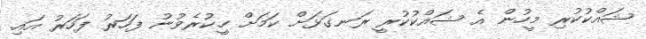
ޝައްކުކުރި މީހުން އެ ޝައްކުކުރީ ރަނގަޅަށް ކަމަށް ހީކުރެވުނު ފަހަރު ފަހަރު އައި.